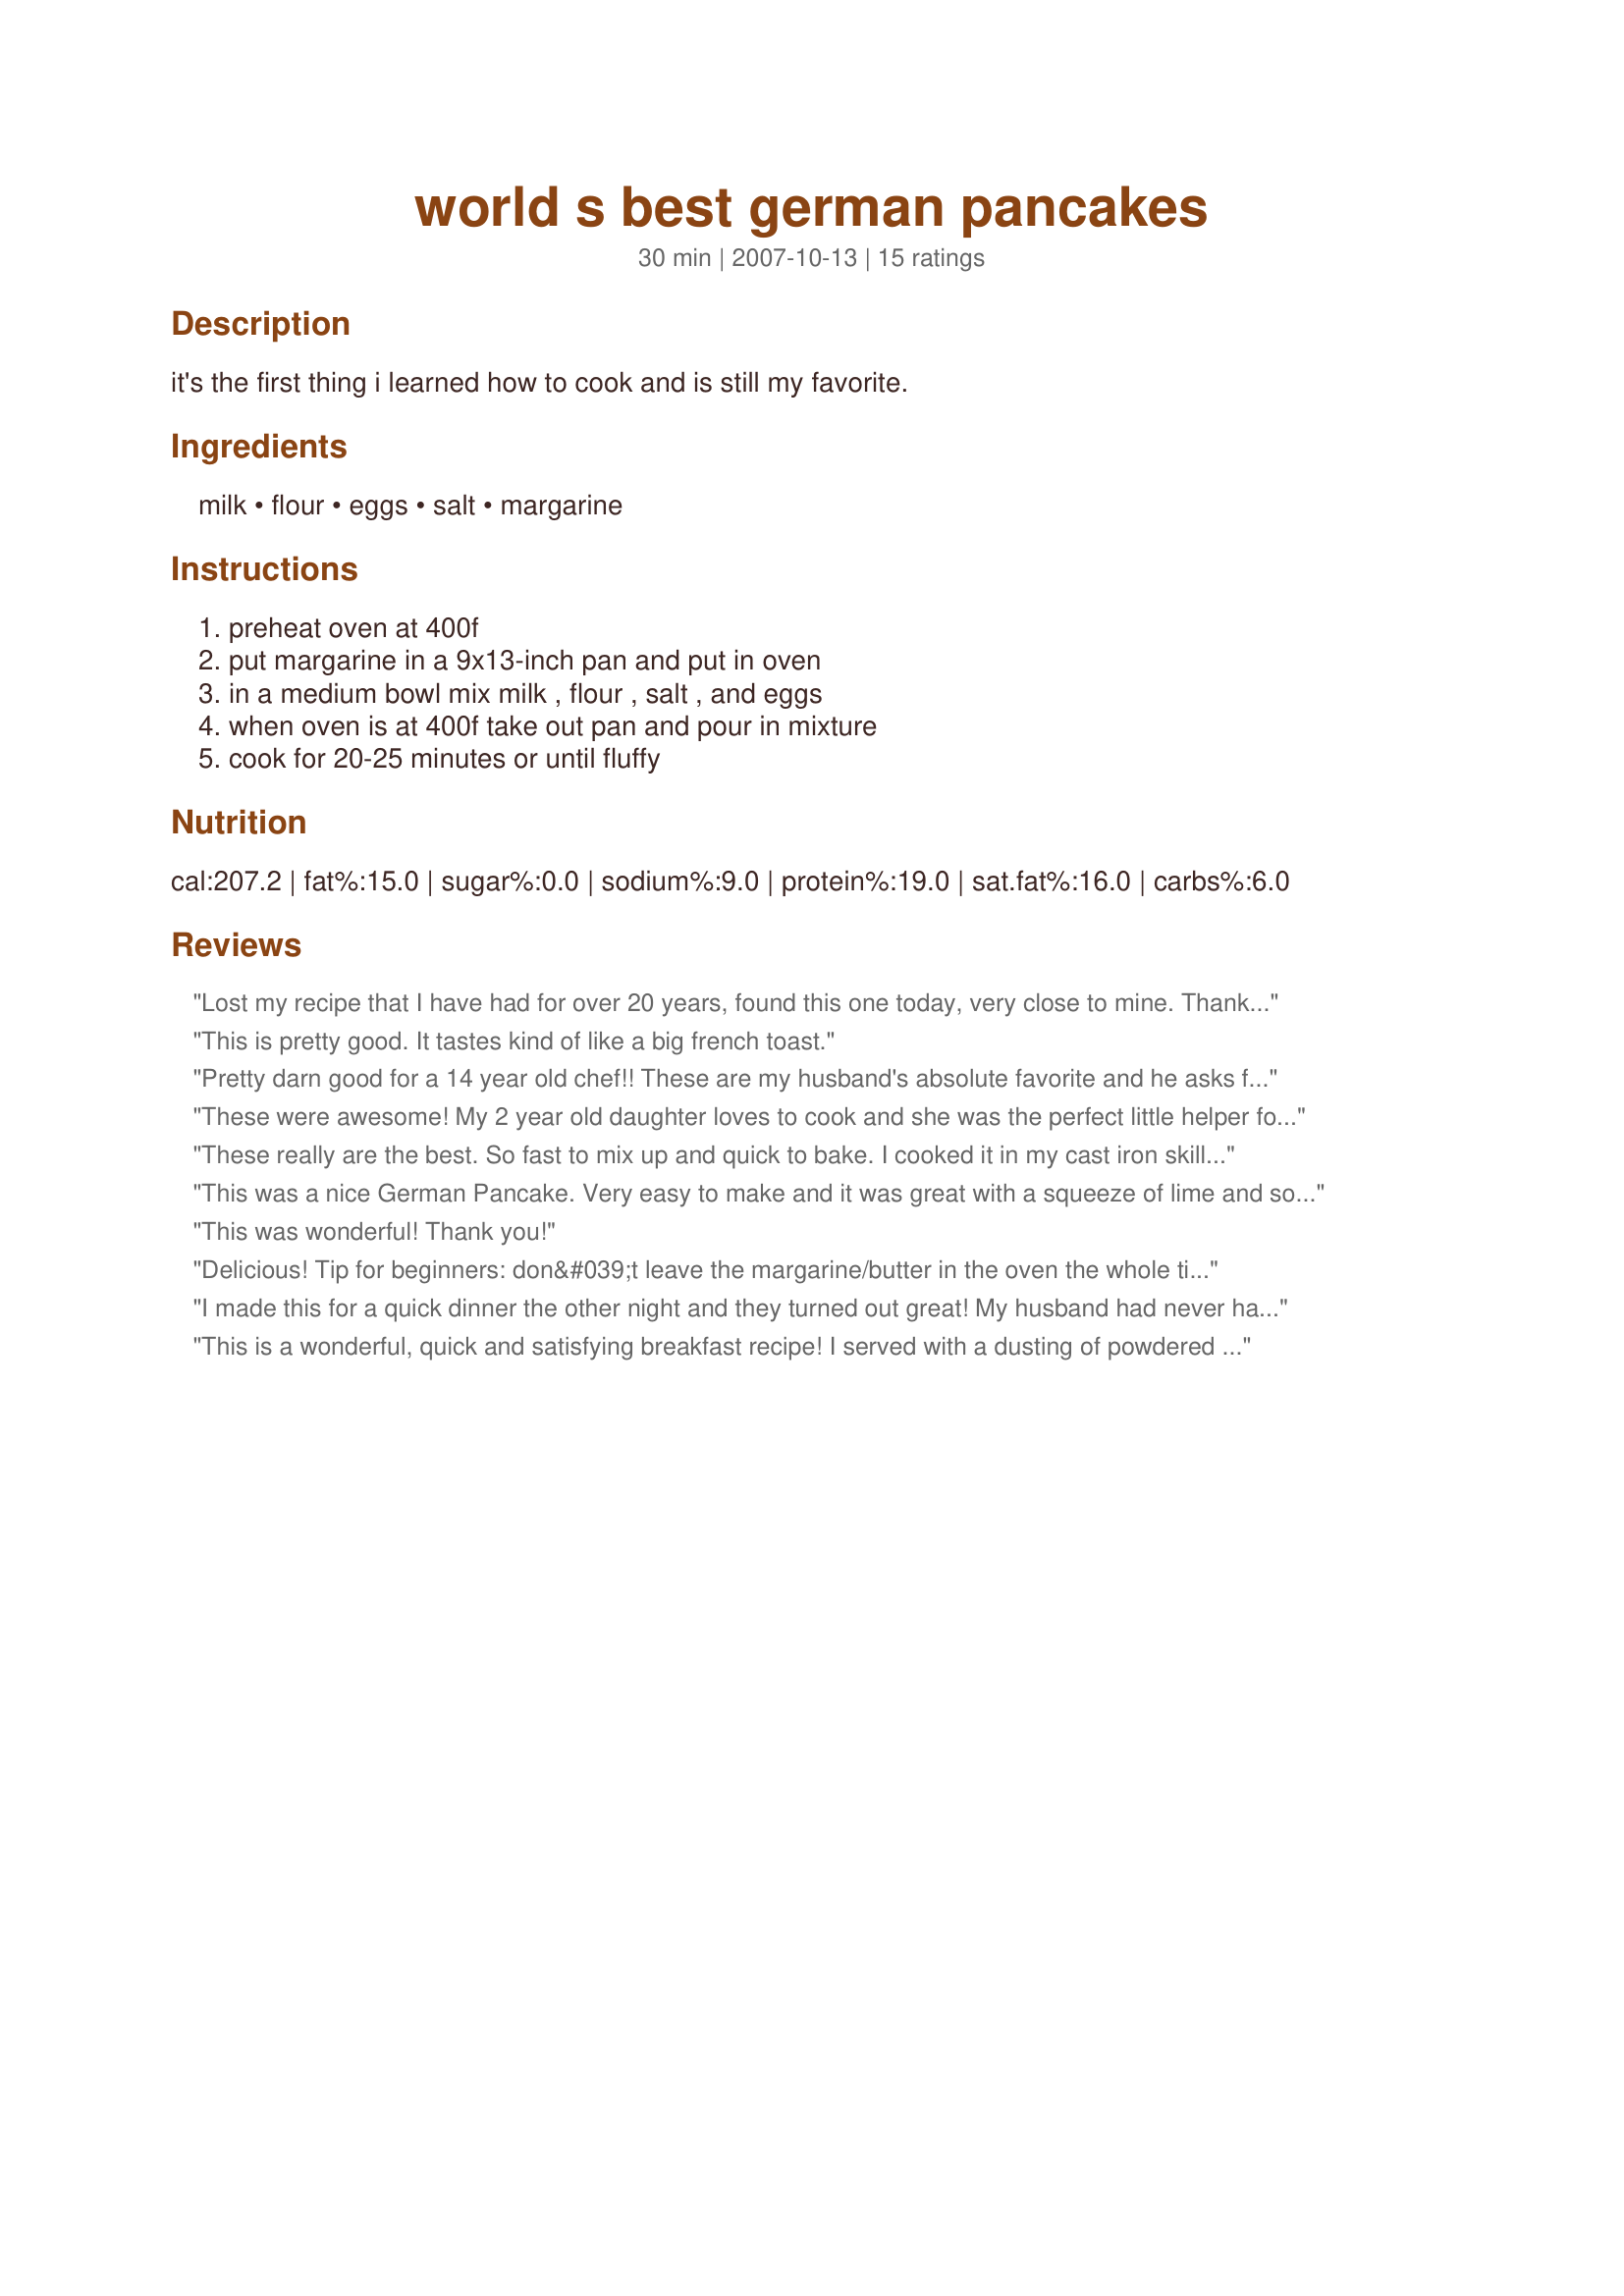
world s best german pancakes
Preparation time: 30 minutes

it's the first thing i learned how to cook and is still my favorite.

Ingredients:
milk, flour, eggs, salt, margarine

Steps:
preheat oven at 400f, put margarine in a 9x13-inch pan and put in oven, in a medium bowl mix milk , flour , salt , and eggs, when oven is at 400f take out pan and pour in mixture, cook for 20-25 minutes or until fluffy

Reviews:
Lost my recipe that I have had for over 20 years, found this one today, very close to mine. Thanks for posting.
This is pretty good. It tastes kind of like a big french toast.
Pretty darn good for a 14 year old chef!! These are my husband's absolute favorite and he asks for them at least once a week. He won't eat them with anything other than real maple syrup. Thanks for posting.
These were awesome! My 2 year old daughter loves to cook and she was the perfect little helper for these!
They were also delicious, they were just like the ones my mom used to make when i was little! THANKS!
These really are the best. So fast to mix up and quick to bake. I cooked it in my cast iron skillet and it was done in 20 min. I didn&#039;t leave the butter in the pan while preheating, just let it melt for a few minutes in the oven or it will burn. My 5 little kids raved over this! Thanks for an easy breakfast recipe.
This was a nice German Pancake. Very easy to make and it was great with a squeeze of lime and some powdered sugar. Thanks, Wynd, for posting!
This was wonderful! Thank you!
Delicious! Tip for beginners: don&#039;t leave the margarine/butter in the oven the whole time that the oven is preheating or it will burn; just leave it in until the butter is melted and also beware that the butter might splatter a bit as you pull it out. I used 2 round metal pans (I think 8&quot;) and had to take mine out after 16 minutes because the tops (which had puffed upward out of the confines of the pan, which is normal and always happens regardless of the pan I use) were getting really brown. The pancakes were cooked through. I think maybe it took less time because I used metal pans &amp; maybe because I split the recipe into two pans instead of just one big one (my oven runs a normal temp and does not run hot, which would have been the only other explanation that I could think of). I love these with lemon squeezed all over it and then a good dusting of powdered sugar.
I made this for a quick dinner the other night and they turned out great! My husband had never had german pancakes before and he LOVED them! Thanks!
This is a wonderful, quick and satisfying breakfast recipe! I served with a dusting of powdered sugar, fresh blueberries and real Canadian Maple syrup. Thanks for the great breakfast, Wynd!
This was such an easy recipe that my husband got up and made it 2 mornings in a row. On top of that, my kids LOVED it. It is a very rare thing to find something that all 4 of my kids like.
we also loved this! foolproof. turned out great. I put honey on mine.
I LOVE LOVE LOVE this recipe! I keep coming back to this one, because it is so easy and so yummy. A keeper, for sure.
Just like the ones mom made when we were kids! I baked mine for 20 mins then turned off the oven and left it in for five more minutes. It came out perfectly. Next time I'll use multiple small (4-6") cake pans for individual pancakes.
We eat these for breakfast, dinner, anytime. Thanks for posting.
